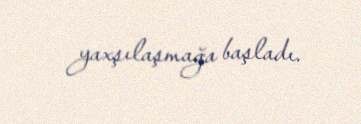
yaxşılaşmağa başladı.